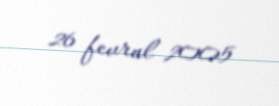
26 fevral 2005